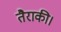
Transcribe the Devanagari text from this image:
तैराकी।